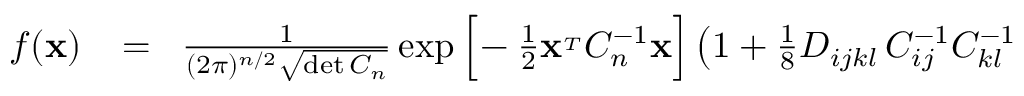
\begin{array} { r l r } { f ( { \bf x } ) } & { { } \! = \! } & { { \frac { 1 } { ( 2 \pi ) ^ { n / 2 } \sqrt { \operatorname* { d e t } C _ { n } } } } \exp \Big [ \! - { \frac { 1 } { 2 } } { \bf x } ^ { _ T } C _ { n } ^ { - 1 } { \bf x } \Big ] \left( 1 + { \frac { 1 } { 8 } } D _ { i j k l } \, C _ { i j } ^ { - 1 } C _ { k l } ^ { - 1 } \right. } \end{array}